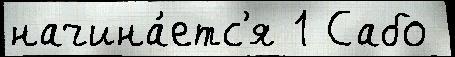
начина́етс'я 1 Сабо